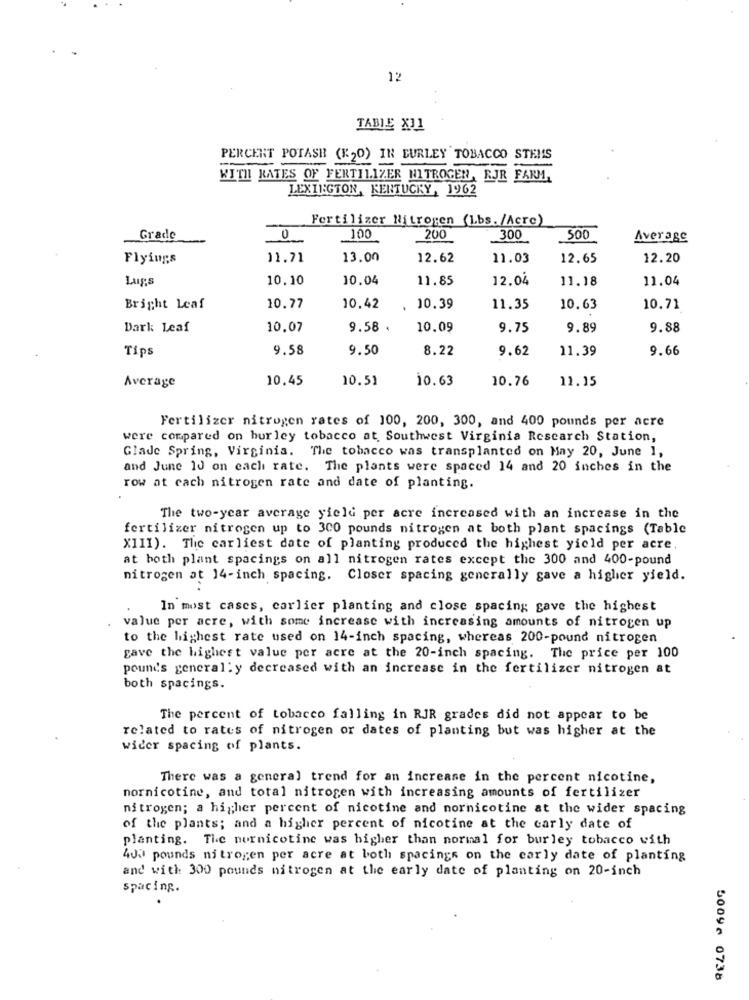
12
TABLE X11
PERCERT POTASH (1:20) IN BURLEY TOBACCO STEMS
KITIL RATES OF FERTI1.1%ER NITROGEN, RJR FARM,
LEXINGTON, KENTUCKY, 1962
Fertilizer Nitrogen (Lbs. /Acre)
Grade
0
100
200
300
500
Average
Flyings
31.71
13.00
12.62
11.03
12.65
12.20
LASS
10.10
10.04
11.85
12.04
11.18
11.04
Bright Leaf
10.77
10,42
10.39
11.35
10.63
10.71
Dark Leaf
10.07
9.58 .
10.09
9.75
9.89
9.88
Tips
9.58
9.50
8.22
9.62
11.39
9.66
Average
10.45
10.51
10.63
10.76
11.15
Fertilizer nitrogen rates of 100, 200, 300, and 400 pounds per acre
were compared on hurley tobacco at Southwest Virginia Research Station,
Glade Spring, Virginia. The tobacco was transplanted on May 20, June 1,
and June 10 on each rate. The plants were spaced 14 and 20 inches in the
row at cach nitrogen rate and date of planting.
The two-year average yield per acre increased with an increase in the
fertilizer nitrogen up to 300 pounds nitrogen at both plant spacings (Table
XIII). The carliest date of planting produced the highest yield per acre.
at both plant spacings on all nitrogen rates except the 300 and 400-pound
nitrogen at 14-inch spacing. Closer spacing generally gave a higher yield.
In most cases, carlier planting and close spacing gave the highest
value per acre, with some increase with increasing amounts of nitrogen up
to the highest rate used on 14-inch spacing, whereas 200-pound nitrogen
gave the highest value per acre at the 20-inch spacing. The price per 100
pounds general : y decreased with an increase in the fertilizer nitrogen at
both spacings.
The percent of tobacco falling in RJR grades did not appear to be
related to rates of nitrogen or dates of planting but was higher at the
wider spacing of plants.
There was a general trend for an increase in the percent nicotine,
nornicotine, and total nitrogen with increasing amounts of fertilizer
nitrogen; a higher percent of nicotine and nornicotine at the wider spacing
of the plants; and a higher percent of nicotine at the carly date of
planting. The nurnicotine was higher than normal for burley tobacco with
400 pounds nitrogen per acre at both spacings on the carly date of planting
and with 300 pounds nitrogen at the early date of planting on 20-inch
spacing.
5009- 0738